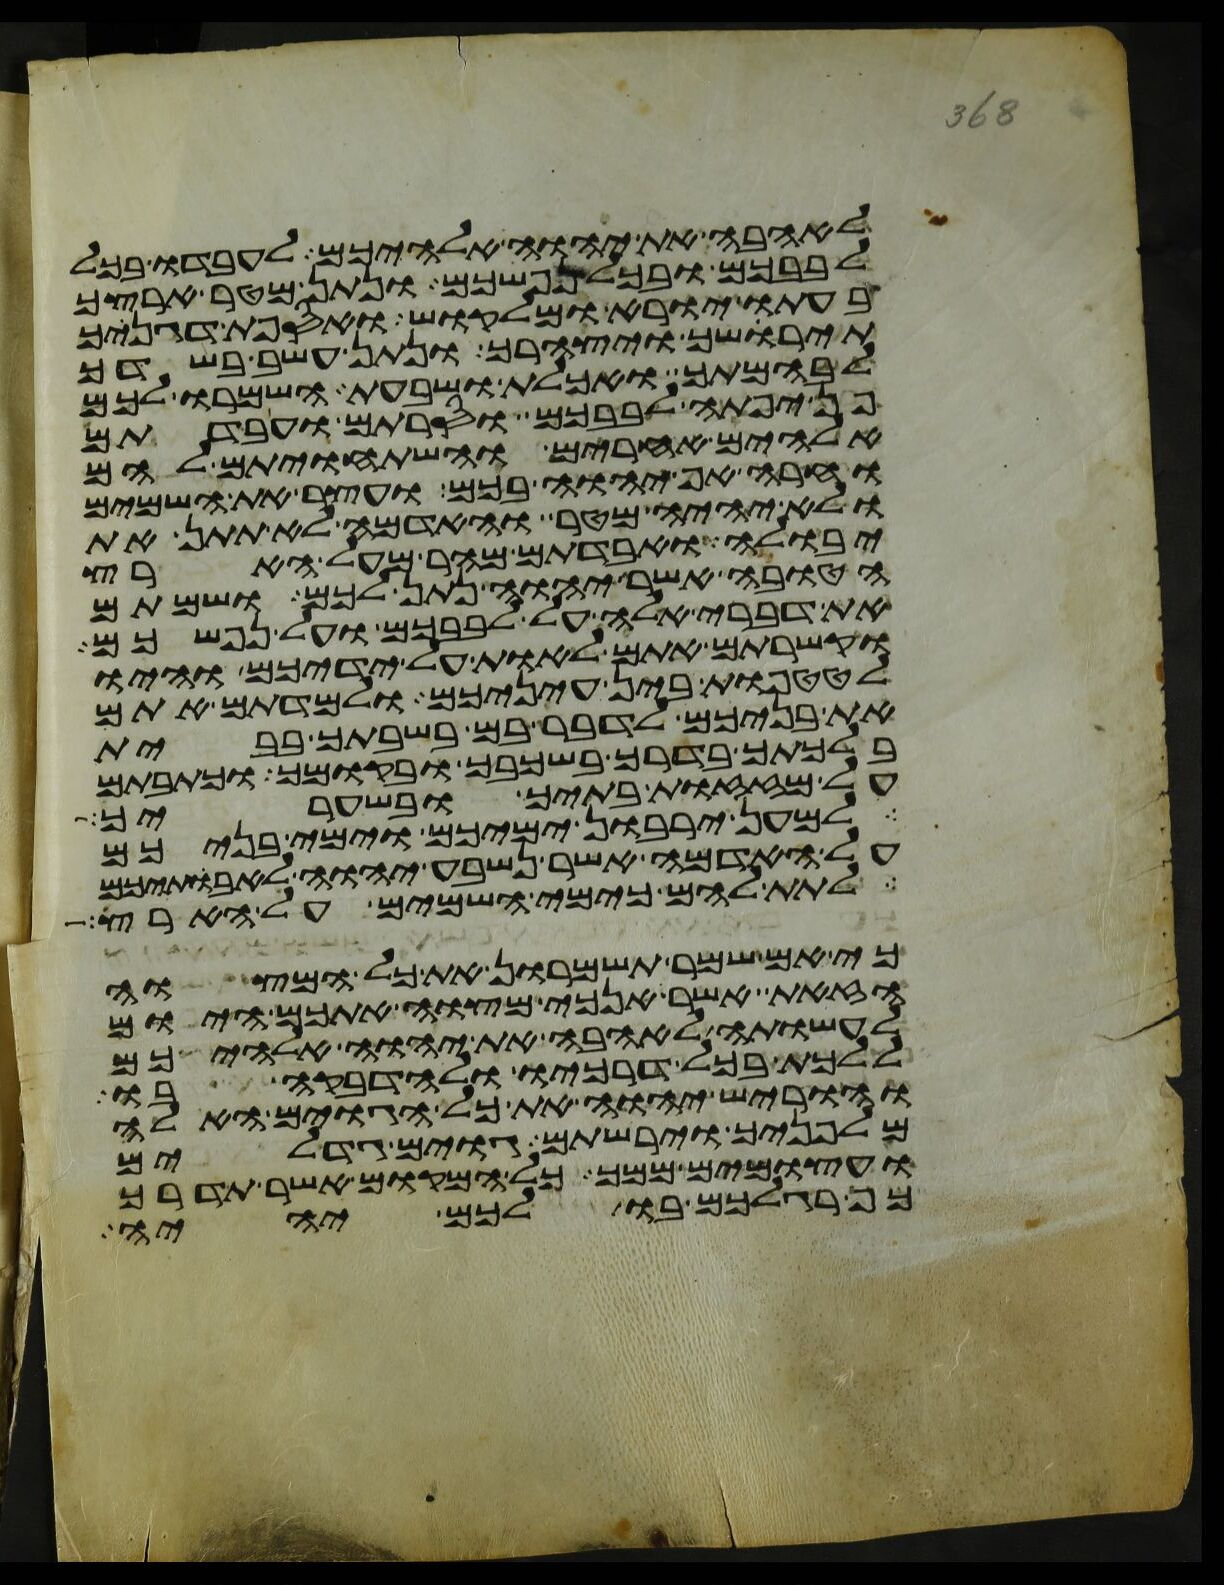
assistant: לאהבה את יהוה אלהיכם לעבדו בכל
לבבכם ובכל נפשכם ונתן מטר ארצך
בעתו יורא ומלקוש ואספת דגנך
תירשך ויצהרך ונתן עשב בשדך
לבהמתך ואכלת ושבעת השמרו לכם
פן יפתה לבבכם וסרתם ועבדתם
אלהים אחרים והשתחויתם להם
וחרה אף יהוה בכם ועצר את השמים
ולא יהיה מטר והאדמה לא תתן את
יבולה ואבדתם מהר מעל הארץ
הטובה אשר יהוה נתן לכם ושמתם
את דברי אלה על לבבכם ועל נפשכם
וקשרתם אתם לאות על ידיכם והיו
לטטפות בין עיניכם ולמדתם אתם
את בניכם לדבר בם בשבתך בבית
בלכתך בדרך בשכבך ובקומך וכתבתם
על מזזות בתיך ובשעריך
למען ירבון ימיכם וימי בניכם
על האדמה אשר נשבע יהוה לאבתיכם
לתת להם כימי השמים על הארץ
כי אם שמר תשמרון את כל המצוה
הזאת אשר אנכי מצוה אתכם היום
לעשותה לאהבה את יהוה אלהיכם
ללכת בכל דרכיו ולהדבקה בו
והוריש יהוה את כל הגוים האלה
מלפניך וירשתם גוים גדלים
ועצמים ממך כל המקום אשר תדרך
כף רגלכם בו לכם יהיה